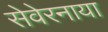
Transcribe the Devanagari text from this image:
सेवेरनाया